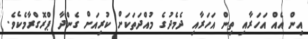
އިން އެއް އަހަރާއި ތިން އަހަރާއި ދެމެދުގެ މުއްދަތަކަށް ކުރިއަށް ގެންދާ ޕްރޮގްރާމެކެވެ.